Annual administration report of the Civil Veterinary Department, Sind - 1938-1939
Year: 1938
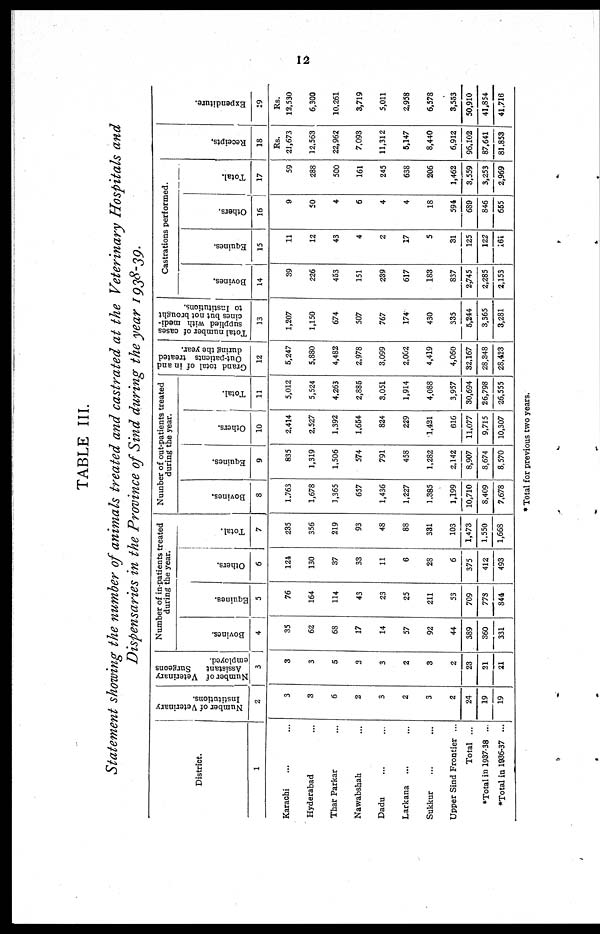
12
TABLE III.
Statement showing the number of animals treated and castrated at the Veterinary Hospitals and
Dispensaries in the Province of Sind during the year 1938-39.
District.
1
Karachi ... ...
Hyderabad ...
Thar Parkar ...
Nawabshah ...
Dadu ... ...
Larkana ... ...
Sukkur ... ...
Upper Sind Frontier ...
Total ...
*Total in 1937-38 ...
*Total in 1936-37 ...
Number of Veterinary
Institutions.
2
3
3
6
2
3
2
3
2
24
19
19
Number of Veterinary
Assistant
Surgeons
employed.
3
3
3
5
2
3
2
3
2
23
21
21
Number of in-patients treated
during the year.
Bovines.
4
35
62
68
17
14
57
92
44
389
360
331
Equines.
5
76
164
114
43
23
25
211
53
709
778
844
Others.
6
124
130
37
33
11
6
28
6
375
412
493
Total.
7
235
356
219
93
48
88
331
103
1,473
1,550
1,668
Number of out-patients treated
during the year.
Bovines.
8
1.763
1,678
1,365
657
1,436
1.227
1.385
1,199
10,710
8.409
7,678
Equines.
9
835
1,319
1,506
574
791
458
1.282
2.142
8,907
8,674
8,570
Others.
10
2,414
2,527
1,392
1,654
824
229
1.421
616
11,077
9.715
10,307
Total.
11
5,012
5,524
4,263
2,885
3,051
1,914
4,088
3,957
30,694
26,798
26,555
Grand total of in and
Out-patients treated
during the year.
12
5,247
5,880
4,482
2,978
3.099
2.002
4,419
4,060
32,167
28,348
28,423
Total number of cases
supplied with medi-
cines but not brought
to Institutions.
13
1,207
1,150
674
507
767
174
430
335
5,244
3,565
3,281
Castrations performed.
Bovines.
14
39
226
453
151
239
617
183
837
2,745
2,285
2,153
Equines.
15
11
12
43
4
2
17
5
31
125
122
161
Others.
16
9
50
4
6
4
4
18
594
689
846
655
Total.
17
59
288
500
161
245
638
206
1,462
3,559
3,253
2,969
Recei pt s .
18
Rs.
21,673
12,563
22,962
7,093
11,312
5,147
8,440
6,912
96,102
87,641
81.853
Expe ndi t
ur e .
19
Rs.
12,530
6,300
10,261
3,719
5,011
2,958
6,578
3,553
50,910
41,854
41.716
* Total for previous two years.